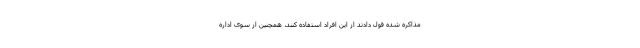
مذاکره شده قول دادند از این افراد استفاده کنند، همچنین از سوی اداره